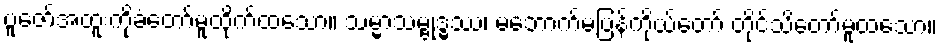
ပူဇော်အထူးကိုခံတော်မူထိုက်ထသော။ သမ္မာသမ္ဗုဒ္ဓဿ၊ မဘောက်မပြန်ကိုယ်တော် တိုင်သိတော်မူထသော။